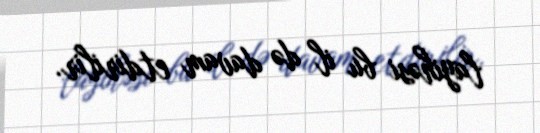
layihəsi bu il də davam etdirilir.